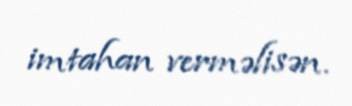
imtahan verməlisən.